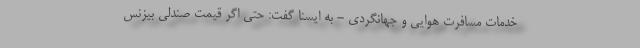
خدمات مسافرت هوایی و جهانگردی - به ایسنا گفت: حتی اگر قیمت صندلی بیزنس